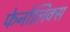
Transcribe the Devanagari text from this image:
फेनोलिक्स